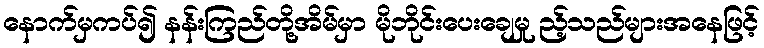
နောက်မှကပ်၍ နန်းကြည်တို့အိမ်မှာ မိုဘိုင်းပေးချေမှု ည့်သည်များအနေဖြင့်